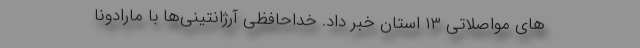
های مواصلاتی ۱۳ استان خبر داد. خداحافظی آرژانتینی‌ها با مارادونا